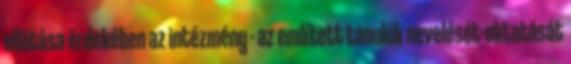
ellátása érdekében az intézmény - az említett tanulók nevelését-oktatását